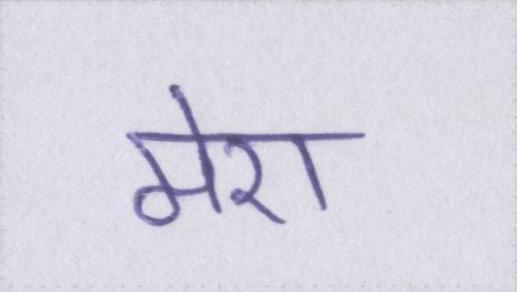
मेरा